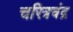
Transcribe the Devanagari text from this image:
चरित्रचंद्र